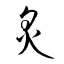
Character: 炙